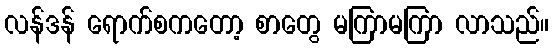
လန်ဒန် ရောက်စကတော့ စာတွေ မကြာမကြာ လာသည်။